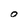
Character: O